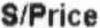
S/PRICE